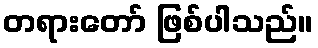
တရားတော် ဖြစ်ပါသည်။